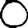
Digit: 0